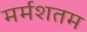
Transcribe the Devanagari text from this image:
मर्मशतम